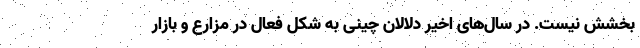
بخشش نیست. در سال‌های اخیر دلالان چینی به شکل فعال در مزارع و بازار